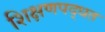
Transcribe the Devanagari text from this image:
शिक्षणपद्धत